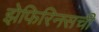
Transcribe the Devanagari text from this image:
झेफिरिनसची